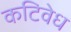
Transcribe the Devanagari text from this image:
कटिवेध